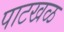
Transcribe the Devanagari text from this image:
पाटखळ